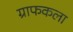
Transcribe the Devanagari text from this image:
ग्राफकला